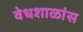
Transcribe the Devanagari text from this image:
वेधशाळांस